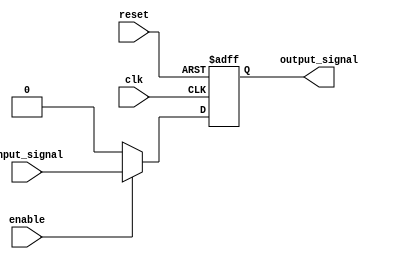
module IOBuffer(
    input wire clk,
    input wire reset,
    input wire enable,
    input wire input_signal,
    output reg output_signal
);

reg buffer_output;

always @(posedge clk or posedge reset) begin
    if (reset) begin
        buffer_output <= 1'b0;
    end else begin
        if (enable) begin
            buffer_output <= input_signal;
        end else begin
            buffer_output <= 1'b0;
        end
    end
end

assign output_signal = buffer_output;

endmodule